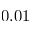
0 . 0 1